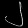
Digit: ၂